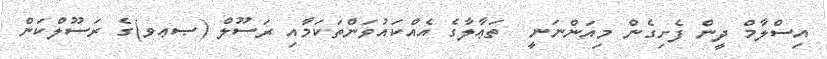
އިސްލާމް ދީން ފެށިގެން މިއަންނަނީ  ތަޢާލާގެ އެއްކައުވަންތަކަމާއި ރަސޫލް (ޞޢވ)ގެ ރަސޫލްކަން